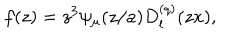
f ( z ) = z ^ { 3 } \psi _ { \mu } ( z / a ) D _ { l } ^ { ( q ) } ( z x ) ,